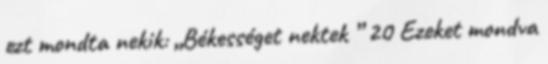
ezt mondta nekik: „Békességet nektek ” 20 Ezeket mondva